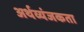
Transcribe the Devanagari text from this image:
अर्थव्यंजकता